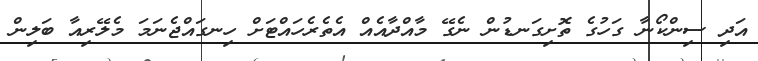
އަދި ސިންކޯނާ ގަހުގެ ތޮށިގަނޑުން ނެގޭ މާއްދާއެއް އެތެރެހައްޓަށް ހިނގައްޖެނަމަ މެލޭރިއާ ބަލިން